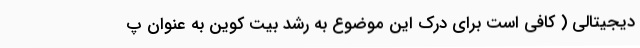
دیجیتالی ( کافی است برای درک این موضوع به رشد بیت کوین به عنوان پ